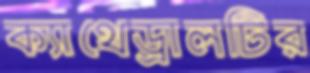
ক্যাথেড্রালটির